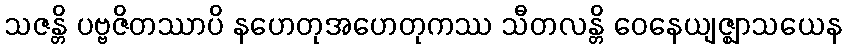
သဇန္တိ ပဗ္ဗဇိတဿာပိ နဟေတုအဟေတုကဿ သီတလန္တိ ဝေနေယျဇ္ဈာသယေန